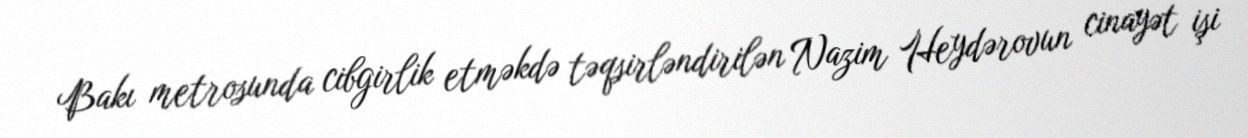
Bakı metrosunda cibgirlik etməkdə təqsirləndirilən Nazim Heydərovun cinayət işi